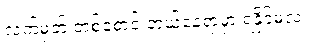
လက်မှတ် တစ်စောင် ဘယ်နေရာမှာ ရနိုင်မလဲ။